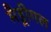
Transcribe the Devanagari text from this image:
मैड्रीगल